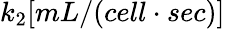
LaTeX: k_{2}[mL/(cell\cdot sec)]